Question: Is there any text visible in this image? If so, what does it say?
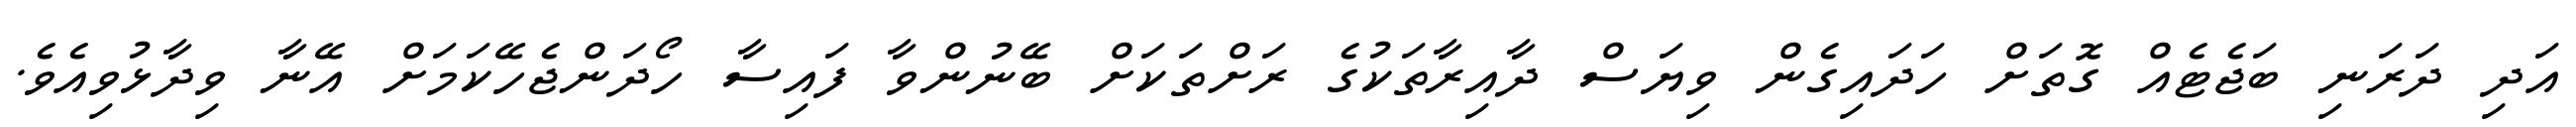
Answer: އަދި ދަރަނި ބަޖެޓެއް ގޮތަށް ހަދައިގެން ވިޔަސް ދާއިރާތަކުގެ ރަށްތަކަށް ބޭނުންވާ ފައިސާ ހޯދަންޖެހޭކަމަށް އޭނާ ވިދާޅުވިއެވެ.